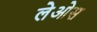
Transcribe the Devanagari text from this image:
लेओस